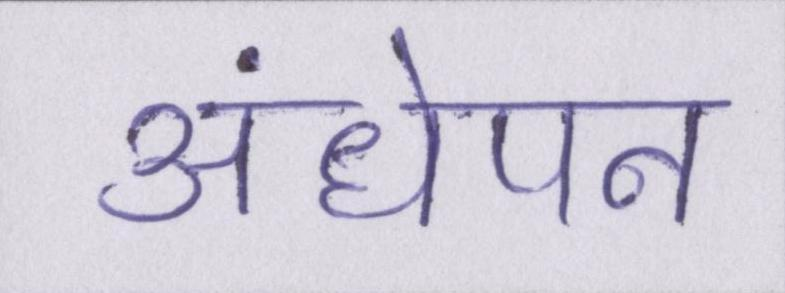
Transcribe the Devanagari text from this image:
अंधेपन